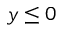
y \leq 0